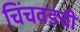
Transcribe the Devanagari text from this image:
चिंचवडची